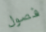
فصول